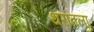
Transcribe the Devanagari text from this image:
थरांतला